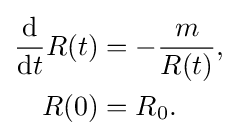
{\begin{aligned}{\frac {\text{d}}{{\text{d}}t}}R(t)&=-{\frac {m}{R(t)}},\\R(0)&=R_{0}.\end{aligned}}